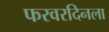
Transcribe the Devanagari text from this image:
फरवरदिनला